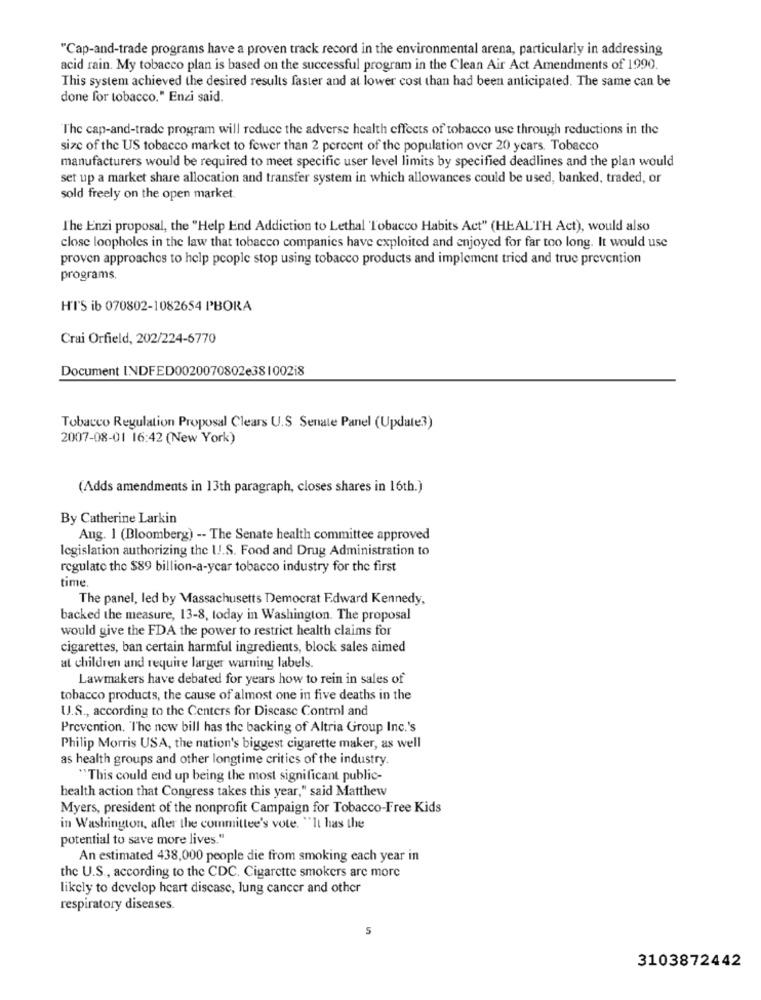
"Cap-and-trade programs have a proven track record in the environmental arena, particularly in addressing
acid rain. My tobacco plan is based on the successful program in the Clean Air Act Amendments of 1990.
This system achieved the desired results faster and at lower cost than had been anticipated. The same can be
done for tobacco." Enzi said.
The cap-and-trade program will reduce the adverse health effects of tobacco use through reductions in the
size of the US tobacco market to fewer than 2 percent of the population over 20 years. Tobacco
manufacturers would be required to meet specific user level limits by specified deadlines and the plan would
set up a market share allocation and transfer system in which allowances could be used, banked, traded, or
sold freely on the open market.
The Enzi proposal, the "Help End Addiction to Lethal Tobacco Habits Act" (HEALTH Act), would also
close loopholes in the law that tobacco companies have exploited and enjoyed for far too long. It would use
proven approaches to help people stop using tobacco products and implement tried and true prevention
programs.
H'I'S ib 070802-1082654 PBORA
Crai Orfield, 202/224-6770
Document INDFED0020070802e381002i8
Tobacco Regulation Proposal Clears U.S. Senate Panel (Update3)
2007-08-01 16:42 (New York)
(Adds amendments in 13th paragraph, closes shares in 16th.)
By Catherine Larkin
Aug. 1 (Bloomberg) -- The Senate health committee approved
legislation authorizing the U.S. Food and Drug Administration to
regulate the $89 billion-a-ycar tobacco industry for the first
time
The panel, led by Massachusetts Democrat Edward Kennedy,
backed the measure, 13-8, today in Washington. The proposal
would give the FDA the power to restrict health claims for
cigarettes, ban certain harmful ingredients, block sales aimed
at children and require larger warning labels.
Lawmakers have debated for years how to rein in sales of
tobacco products, the cause of almost one in five deaths in the
U.S ., according to the Centers for Disease Control and
Prevention. "The new bill has the backing of Altria Group Inc.'s
Philip Morris USA, the nation's biggest cigarette maker, as well
as health groups and other longtime critics of the industry.
"This could end up being the most significant public-
health action that Congress takes this year," said Matthew
Myers, president of the nonprofit Campaign for Tobacco-Free Kids
in Washington, after the committee's vote. "It has the
potential to save more lives."
An estimated 438,000 people die from smoking each year in
the U.S ., according to the CDC. Cigarette smokers are more
likely to develop heart disease, lung cancer and other
respiratory diseases.
5
3103872442